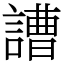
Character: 䜊